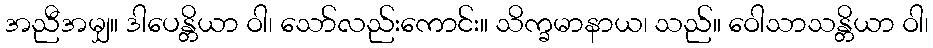
အညီအမျှ။ ဒါပေန္တိယာ ဝါ၊ သော်လည်းကောင်း။ သိက္ခမာနာယ၊ သည်။ ဝေါသာသန္တိယာ ဝါ၊